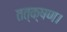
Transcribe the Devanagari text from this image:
तत्क्षण।